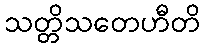
သတ္တိသတေဟီတိ